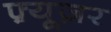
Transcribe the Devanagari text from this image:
फ़्यूज़र